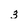
Character: 3